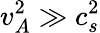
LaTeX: v_{A}^{2}\gg c_{s}^{2}